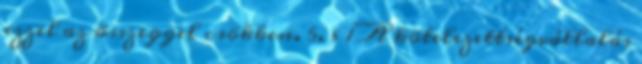
ezzel az összeggel csökken. 5. § 1 A kötelezettségvállalás